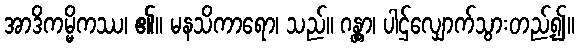
အာဒိကမ္မိကဿ၊ ၏။ မနသိကာရော၊ သည်။ ဂန္တွာ၊ ပါဌ်လျှောက်သွားတည့်၍။